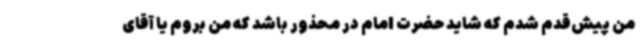
من پیش‌قدم شدم که شاید حضرت امام در محذور باشد که من بروم یا آقای